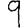
Digit: 9